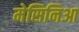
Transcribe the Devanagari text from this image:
मेसिनिआ